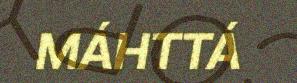
MÁHTTÁ